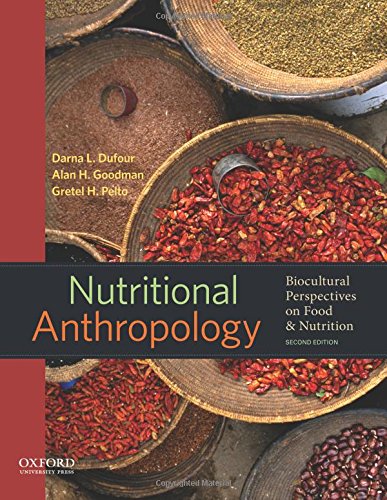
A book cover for Nutritional Anthropology: Biocultural Perspectives on Food and Nutrition; Darna L. Dufour; Politics & Social Sciences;